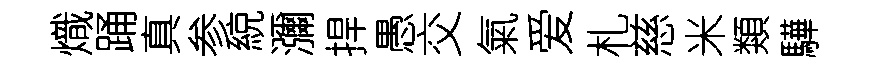
熾踊真参綂瀰捍愚交氣爱札慈米類驊